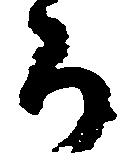
ち